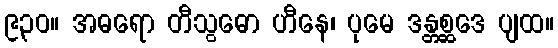
၉၃၀။ အဓရော တီသွဓော ဟီနေ၊ ပုမေ ဒန္တစ္ဆဒေ ပျထ။